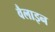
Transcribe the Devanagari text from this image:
वैलाइन